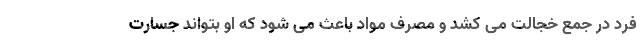
فرد در جمع خجالت می کشد و مصرف مواد باعث می شود که او بتواند جسارت